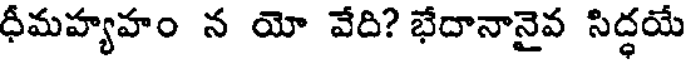
ధీమహ్యహం న యో వేది? భేదానానైవ సిద్ధయే